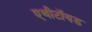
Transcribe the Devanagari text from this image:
एथीटॉयड